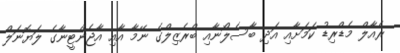
ރެއާލް މެޑްރިޑު ކަމަށާއި އަދި ބާސެލޯނާއި ބްރެޒިލްގެ ނޭމާ އާއި އާޖެންޓީނާގެ ލަޔޮނަލް